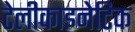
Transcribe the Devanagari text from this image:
टेलीकाइनेटिक